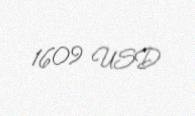
1609 USD